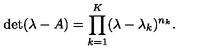
\det ( \lambda - A ) = \prod _ { k = 1 } ^ { K } ( \lambda - \lambda _ { k } ) ^ { n _ { k } } .